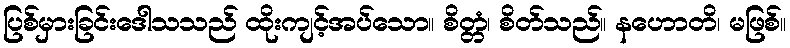
ပြစ်မှားခြင်းဒေါသသည် ထိုးကျင့်အပ်သော။ စိတ္တံ၊ စိတ်သည်။ နဟောတိ၊ မဖြစ်။